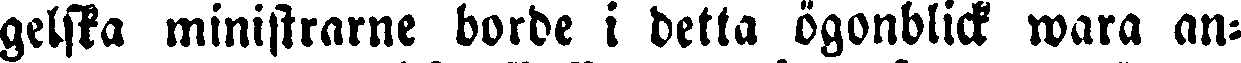
gelska ministrarne borde i detta ögonblick wara an-